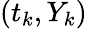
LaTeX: (t_{k},Y_{k})